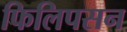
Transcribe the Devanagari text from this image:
फिलिपसन